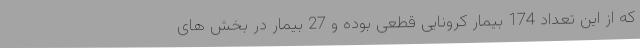
که از این تعداد 174 بیمار کرونایی قطعی بوده و 27 بیمار در بخش های